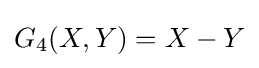
G_{4}(X,Y)=X-Y